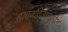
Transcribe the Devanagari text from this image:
समाजविज्ञानकोश